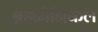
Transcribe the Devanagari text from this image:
ब्रह्ममैनिकल